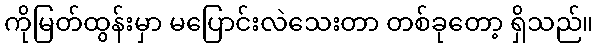
ကိုမြတ်ထွန်းမှာ မပြောင်းလဲသေးတာ တစ်ခုတော့ ရှိသည်။